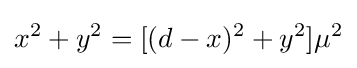
x^{2}+y^{2}=[(d-x)^{2}+y^{2}]\mu ^{2}